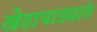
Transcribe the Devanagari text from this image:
खेडापाड्यांत